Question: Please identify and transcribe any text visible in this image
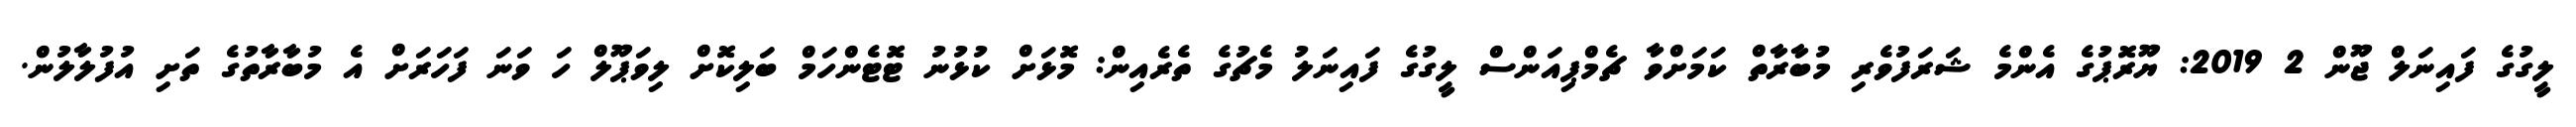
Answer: ލީގުގެ ފައިނަލް ޖޫން 2 2019: ޔޫރޮޕުގެ އެންމެ ޝަރަފުވެރި މުބާރާތް ކަމަށްވާ ޗެމްޕިއަންސް ލީގުގެ ފައިނަލު މެޗުގެ ތެރެއިން: މޮޅަށް ކުޅުނު ޓޮޓެންހަމް ބަލިކޮށް ލިވަޕޫލް ހަ ވަނަ ފަހަރަށް އެ މުބާރާތުގެ ތަށި އުފުލާލުން.